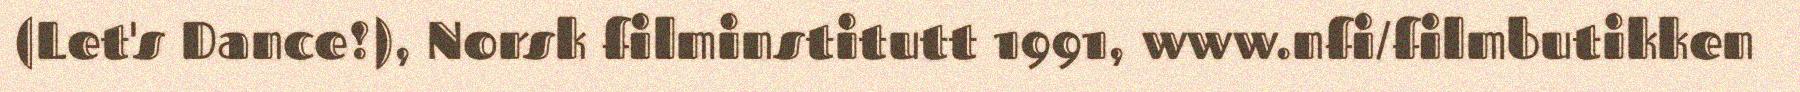
(Let's Dance!), Norsk filminstitutt 1991, www.nfi/filmbutikken